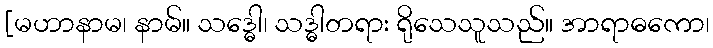
[မဟာနာမ၊ နာမ်။ သဒ္ဓေါ၊ သဒ္ဓါတရား ရိုသေသူသည်။ အာရာဓကော၊